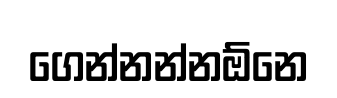
ගෙන්නන්නඕනෙ